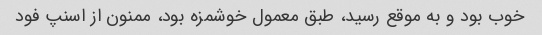
خوب بود و به موقع رسید، طبق معمول خوشمزه بود، ممنون از اسنپ فود